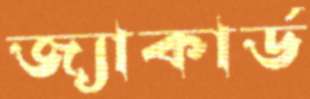
জ্যাকার্ড